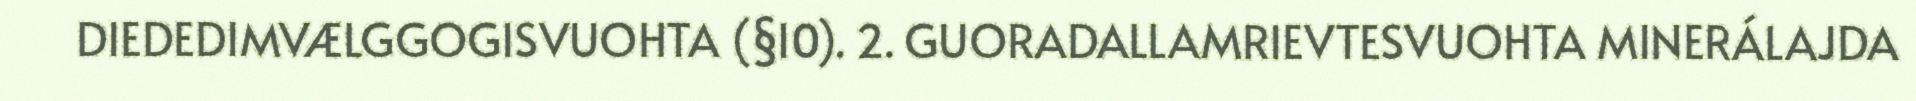
DIEDEDIMVÆLGGOGISVUOHTA (§10). 2. GUORADALLAMRIEVTESVUOHTA MINERÁLAJDA